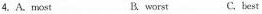
4.A.most B. worst C. best